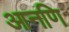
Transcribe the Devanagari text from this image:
आनणि